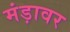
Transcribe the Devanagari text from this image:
मंड़ावर